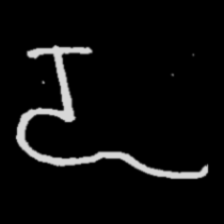
Pyu character \u2014 Myanmar letter: ဍ (romanized: dda)